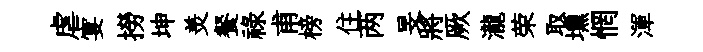
虐宴撈坤羙餐禄甫榜住两旻將厥瀧荣取壎惘渾